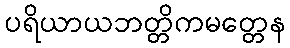
ပရိယာယဘတ္တိကမတ္တေန